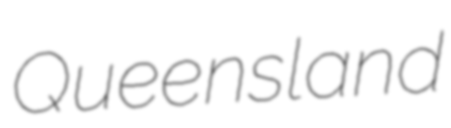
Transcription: Queensland